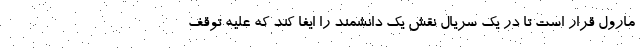
مارول قرار است تا در یک سریال نقش یک دانشمند را ایفا کند که علیه توقف